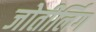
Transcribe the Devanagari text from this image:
जोतीर्लिग